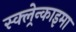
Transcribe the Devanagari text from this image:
स्क्ल्रेन्काइमा